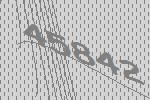
45842